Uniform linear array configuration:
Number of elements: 16
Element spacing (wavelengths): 0.5
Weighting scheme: hamming
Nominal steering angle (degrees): -30
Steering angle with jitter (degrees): -28.464
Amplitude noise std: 0.05
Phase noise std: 0.05

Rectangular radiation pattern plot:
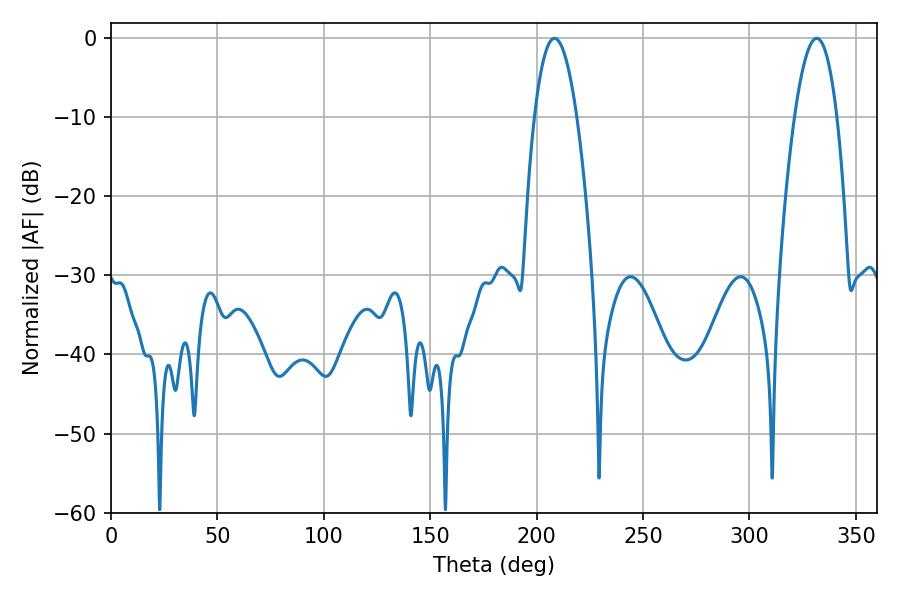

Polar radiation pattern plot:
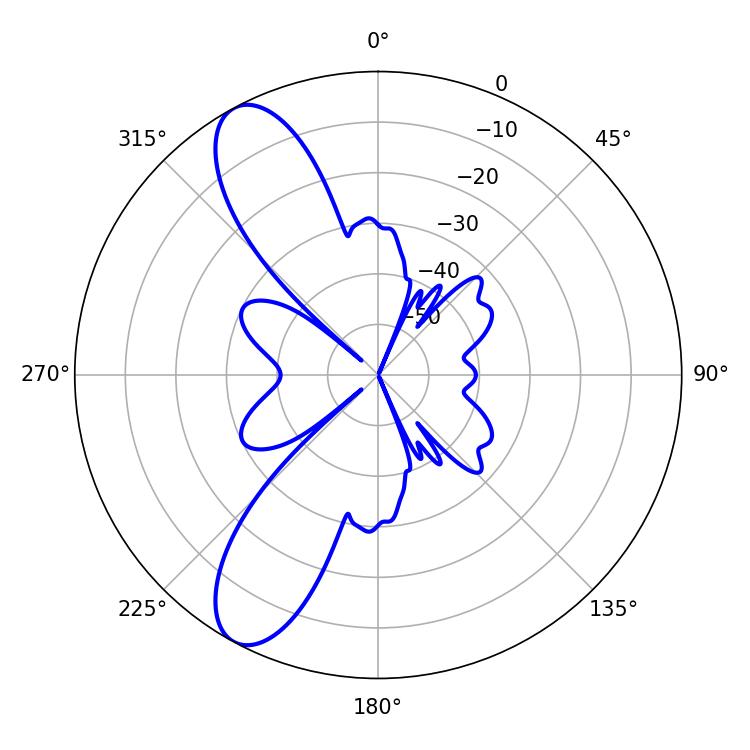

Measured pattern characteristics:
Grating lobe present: FALSE
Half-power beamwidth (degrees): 10.98
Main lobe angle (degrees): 331.56